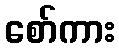
စော်ကား